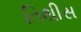
તિથીસ